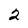
Character: 2